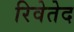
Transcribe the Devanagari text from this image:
रिवेतेद